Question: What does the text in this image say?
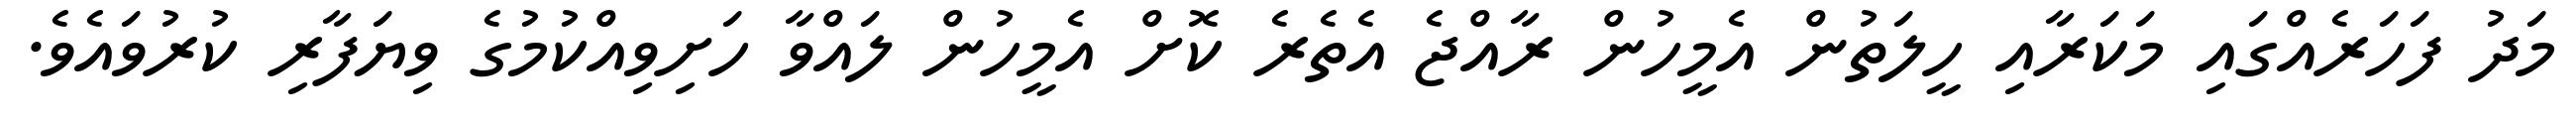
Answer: މަދު ފަހަރެއްގައި މަކަރާއި ހީލަތުން އެމީހުން ރާއްޖެ އެތެރެ ކޮށް އެމީހުން ލައްވާ ހަށިވިއްކުމުގެ ވިޔަފާރި ކުރުވައެވެ.